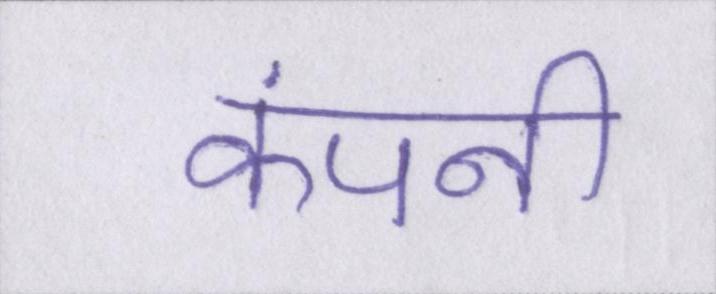
कंपनी